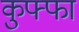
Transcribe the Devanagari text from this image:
कुफ्फा